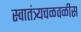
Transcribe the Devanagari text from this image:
स्वातंत्र्यचळवळीस